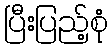
ပြီးပြည့်စုံ